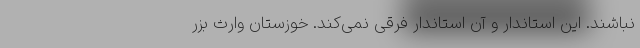
نباشند. این استاندار و آن استاندار فرقی نمی‌کند. خوزستان وارث بزر